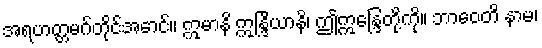
အရဟတ္တမဂ်တိုင်အောင်။ ဣမာနိ ဣန္ဒြိယာနိ၊ ဤဣန္ဒြေတို့ကို။ ဘာဝေတိ နာမ၊